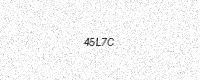
Text: 45L7C